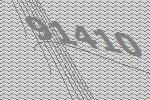
91410